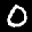
Label: 0